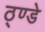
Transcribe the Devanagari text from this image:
ठ्ण्डे